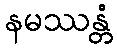
နမဿန္တံ